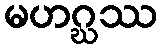
မဟဂ္ဃဿ